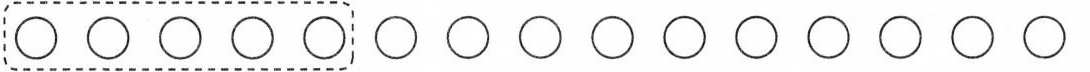
\circ\circ\circ\circ\circ\circ\circ\circ\circ\circ\circ\circ\circ\circ\circ